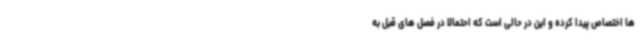
ها اختصاص پیدا کرده و این در حالی است که احتمالاً در فصل های قبل به